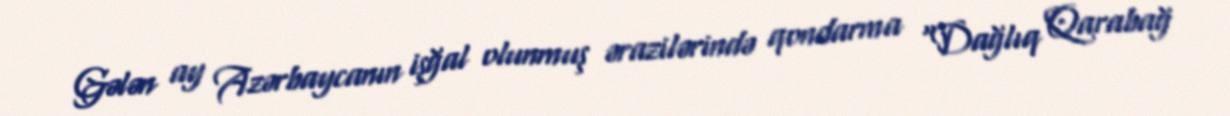
Gələn ay Azərbaycanın işğal olunmuş ərazilərində qondarma “Dağlıq Qarabağ